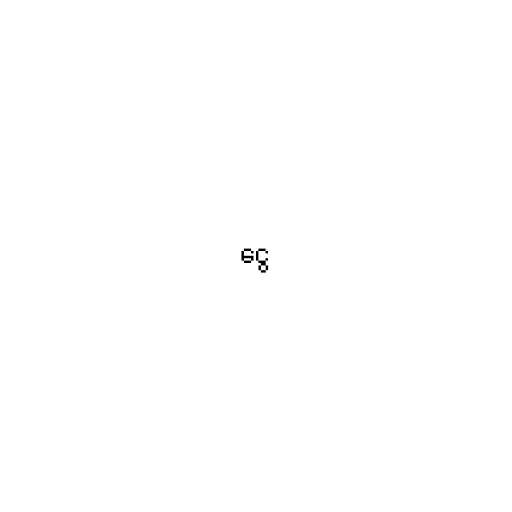
ငွေ